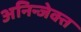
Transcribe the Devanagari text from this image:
अनिन्जेक्त